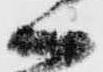
候